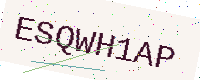
Text: ESQWH1AP